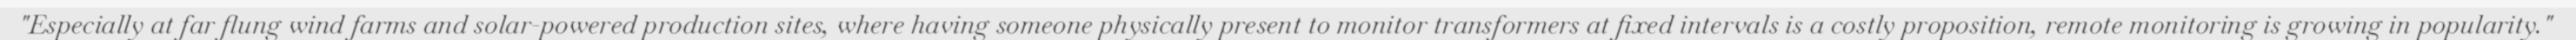
"Especially at far flung wind farms and solar-powered production sites, where having someone physically present to monitor transformers at fixed intervals is a costly proposition, remote monitoring is growing in popularity."